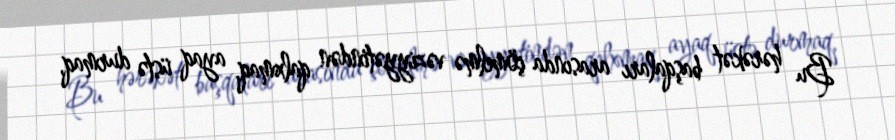
Bu hərəkət başqaları arasında çömelmə vəziyyətindən qalxmaq, ayaq üstə durmaq,